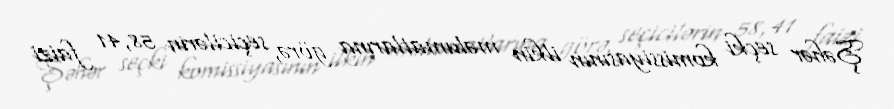
Şəhər seçki komissiyasının ilkin məlumatlarına görə, seçicilərin 58,41 faizi